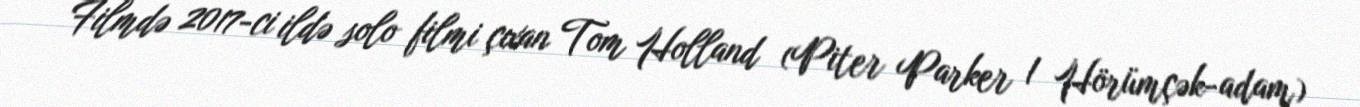
Filmdə 2017-ci ildə solo filmi çıxan Tom Holland (Piter Parker / Hörümçək-adam)